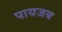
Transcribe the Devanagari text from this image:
पायजब